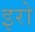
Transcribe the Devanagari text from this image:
इरो